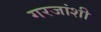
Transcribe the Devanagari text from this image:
गरजांशी